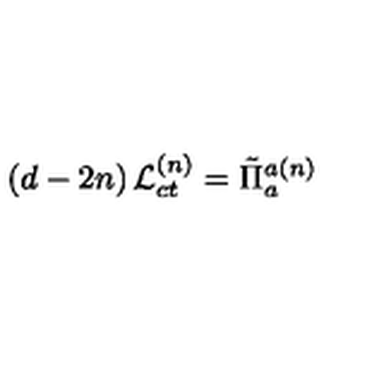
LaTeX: \left( d - 2 n \right) { \cal L } _ { c t } ^ { \left( n \right) } = \tilde { \Pi } _ { a } ^ { a \left( n \right) }